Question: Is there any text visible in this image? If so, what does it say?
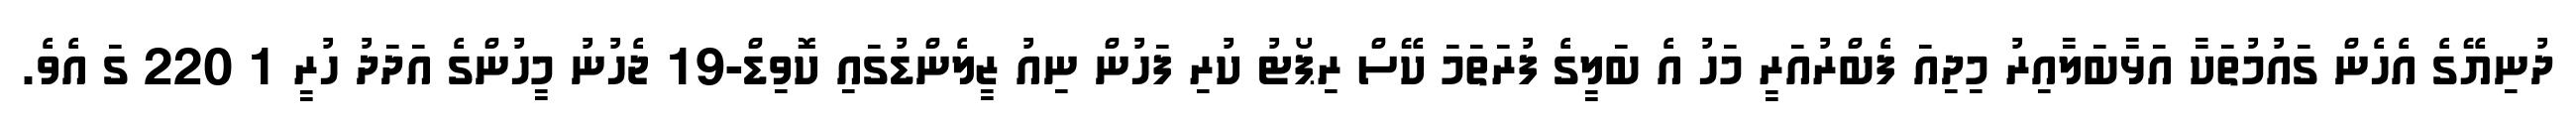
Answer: ދުނިޔޭގެ އެހެން ގައުމުތަކާ އަޅާބަލާއިރު މިދިއަ ފެބްރުއަރީ މަހު އެ ބަލީގެ ފުރަތަމަ ކޭސް ރިޕޯޓު ކުރި ފަހުން ނިއު ޒީލެންޑުގައި ކޮވިޑް-19 ޖެހުނު މީހުންގެ އަދަދު ހުރީ 1 220 ގަ އެވެ.